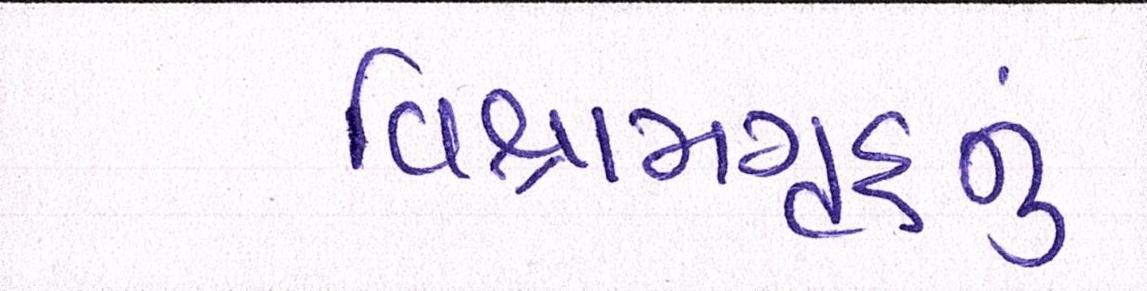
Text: વિશ્રામગૃહનું